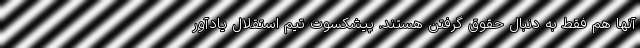
آنها هم فقط به دنبال حقوق گرفتن هستند. پیشکسوت تیم استقلال یادآور